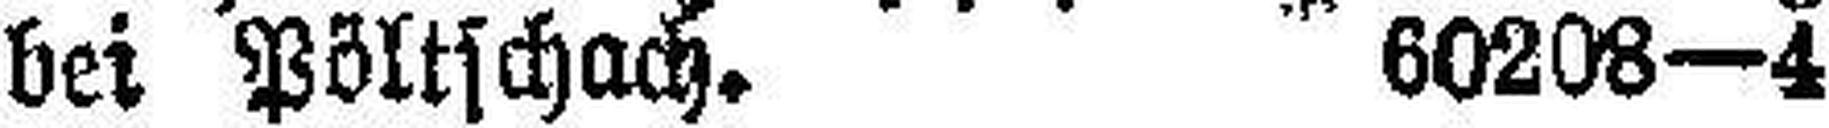
bei Pöltschach. 60208—4